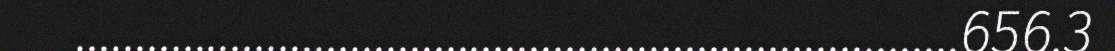
..........................................................................656.3